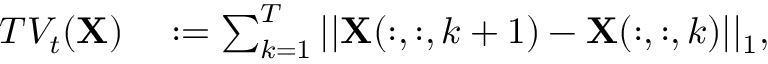
\begin{array} { r l } { T V _ { t } ( \mathbf { X } ) } & { { } : = \sum _ { k = 1 } ^ { T } | | \mathbf { X } ( : , : , k + 1 ) - \mathbf { X } ( : , : , k ) | | _ { 1 } , } \end{array}